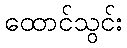
ထောင်သွင်း